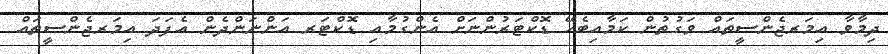
ދިމާވާ އިމަރޖެންސީތައް ވަގުތުން ކަމާއިބެހޭ ޑޮކްޓަރުންނަށް އެންގުމާއި ޑޮކްޓަރ އަންނަންދެން އެފަދަ އިމަރޖެންސީތައް